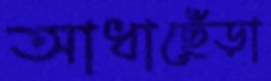
আধাছেঁড়া